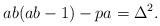
LaTeX: \begin{align*}ab(ab-1)-pa=\Delta^2.\end{align*}